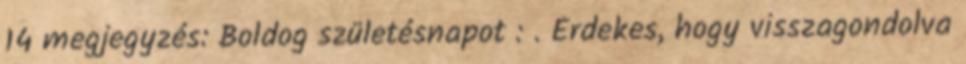
14 megjegyzés: Boldog születésnapot : . Érdekes, hogy visszagondolva